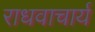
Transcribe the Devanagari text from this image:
राधवाचार्य